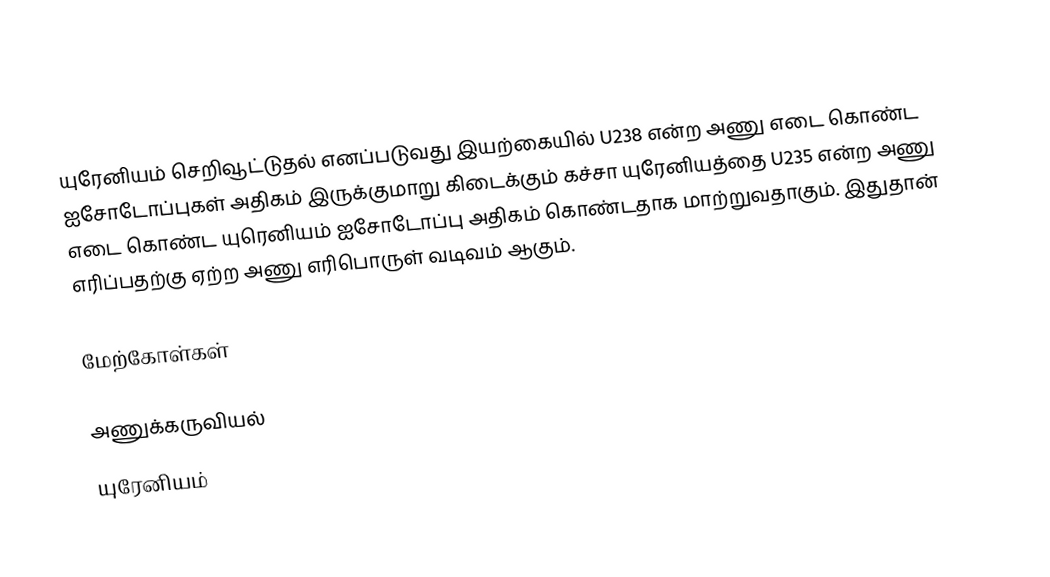
யுரேனியம் செறிவூட்டுதல் எனப்படுவது இயற்கையில் U238 என்ற அணு எடை கொண்ட ஐசோடோப்புகள் அதிகம் இருக்குமாறு கிடைக்கும் கச்சா யுரேனியத்தை U235 என்ற அணு எடை கொண்ட யுரெனியம் ஐசோடோப்பு அதிகம் கொண்டதாக மாற்றுவதாகும்.  இதுதான் எரிப்பதற்கு ஏற்ற அணு எரிபொருள் வடிவம் ஆகும்.

மேற்கோள்கள்

அணுக்கருவியல்
யுரேனியம்